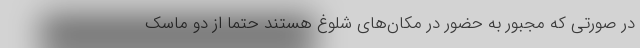
در صورتی که مجبور به حضور در مکان‌های شلوغ هستند حتماً از دو ماسک